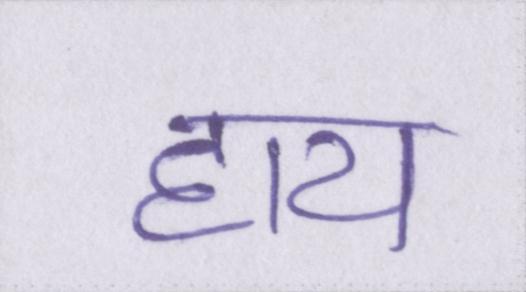
हाय